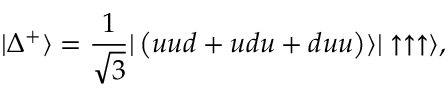
\vert \Delta ^ { + } \rangle = { \frac { 1 } { \sqrt { 3 } } } \vert \left( u u d + u d u + d u u \right) \rangle \vert \uparrow \uparrow \uparrow \rangle ,